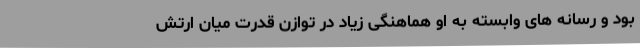
بود و رسانه های وابسته به او هماهنگی زیاد در توازن قدرت میان ارتش